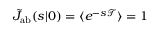
\tilde { J } _ { \mathrm { { a b } } } ( s | \r _ { 0 } ) = \langle e ^ { - s \mathcal { T } } \rangle = 1